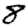
Digit: 8